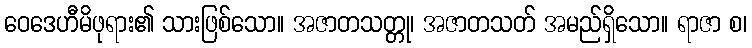
ဝေဒေဟီမိဖုရား၏ သားဖြစ်သော။ အဇာတသတ္တု၊ အဇာတသတ် အမည်ရှိသော။ ရာဇာ စ၊